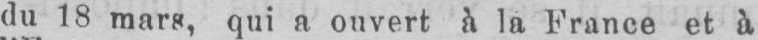
du 18 mars, qui a ouvert à la France et à